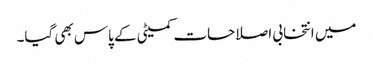
میں انتخابی اصلاحات کمیٹی کے پاس بھی گیا۔